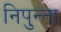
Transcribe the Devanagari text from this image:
निपुन्ता